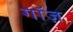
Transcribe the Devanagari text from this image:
गॉज़